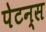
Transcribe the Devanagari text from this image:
पेटन्स